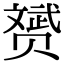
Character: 赟